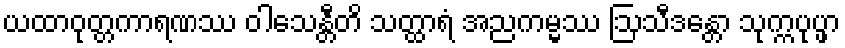
ယထာဝုတ္တကာရဏဿ ဝါသေန္တီတိ သတ္ထာရံ အညကမ္မဿ ဩသီဒန္တော သုက္ကပုပ္ဖာ